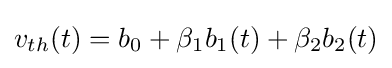
v_{th}(t)=b_{0}+\beta _{1}b_{1}(t)+\beta _{2}b_{2}(t)